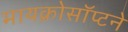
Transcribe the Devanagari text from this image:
मायक्रोसॉप्टने